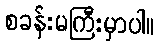
စခန်းမကြီးမှာပါ။